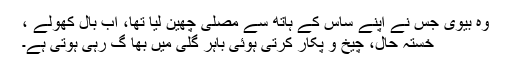
وہ بیوی جس نے اپنے ساس کے ہاتھ سے مصلیٰ چھین لیا تھا، اب بال کھولے ،
خستہ حال، چیخ و پکار کرتی ہوئی باہر گلی میں بھا گ رہی ہوتی ہے۔